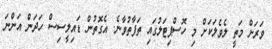
ވަރަށް މަތީ ލެވެލަކަށް މި ހޮސްޕިޓަލުގައި ތަފާތުވާނެ. އެގޮތުން ޑައިލީސިސް ހަދަން އަންނަ